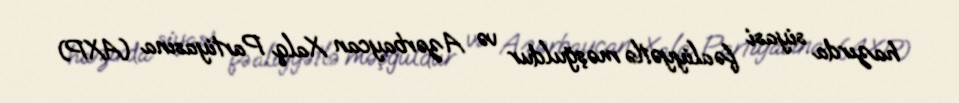
hazırda siyasi fəaliyyətlə məşğuldur və Azərbaycan Xalq Partiyasına (AXP)